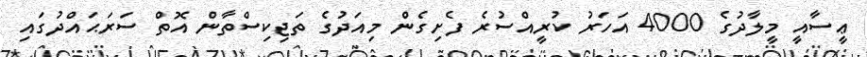
ޢީސާއީ މީލާދުގެ 4000 އަހަރު ކުރީއްސުރެ ފެށިގެން މިއަދުގެ ތަޖިކިސްތާން އޮތް ސަރަޙައްދުގައި